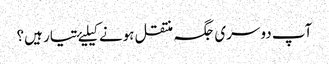
آپ دوسری جگہ منتقل ہونے کیلیۓ تیار ہیں؟